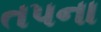
તપના